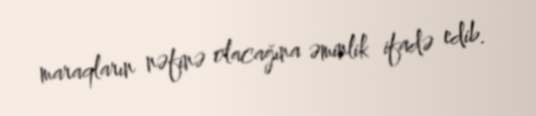
maraqların nəfinə olacağına əminlik ifadə edib.